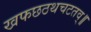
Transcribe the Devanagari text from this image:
खफछठथचटतव्॥